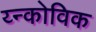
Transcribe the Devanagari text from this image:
य्न्कोविक